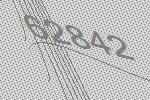
62842